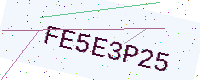
Text: FE5E3P25